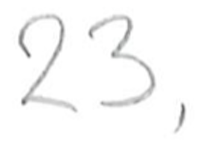
Text: 23,
Cross-out: clean
Writing tool: pencil